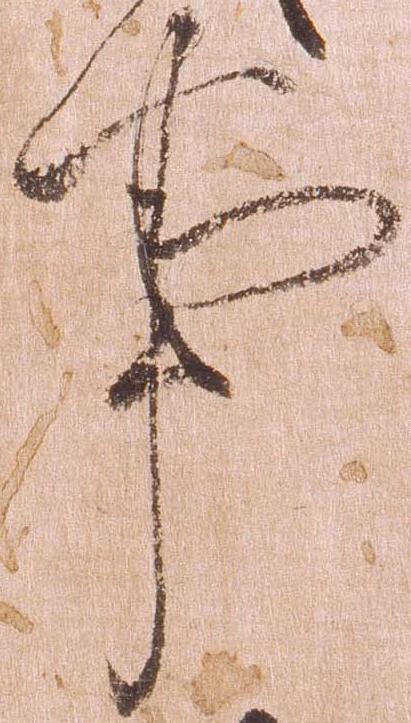
事